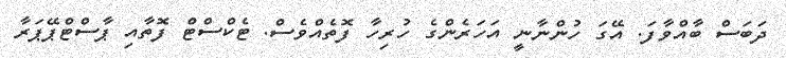
ދަބަސް ބާއްވާފަ. އޭގަ ހުންނާނީ އަހަރެންގެ ހުރިހާ ފޮތެއްވެސް. ޓެކްސްޓް ފޮތާއި ޕާސްޓްޕޭޕަރާ